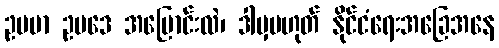
ဥပမာ ဥပဒေ အပြောင်းလဲ၊ ဒါမှမဟုတ် နိုင်ငံရေးအခြေအနေ